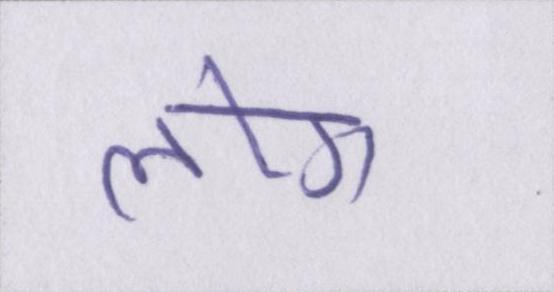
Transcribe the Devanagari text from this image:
लोग